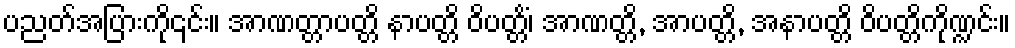
ပညတ်အပြားကို၎င်း။ အာဏတ္တာပတ္တိ နာပတ္တိ ဝိပတ္တိံ၊ အာဏတ္တိ, အာပတ္တိ, အနာပတ္တိ ဝိပတ္တိကိုဏ္ဍင်း။